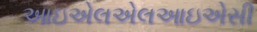
આઇએલએલઆઇએસી